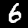
Label: 6